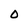
Character: O